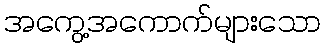
အကွေ့အကောက်များသော